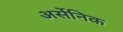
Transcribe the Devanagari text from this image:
अर्सेनिक